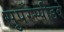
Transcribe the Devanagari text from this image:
सुपरस्पीडवे